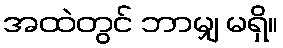
အထဲတွင် ဘာမျှ မရှိ။